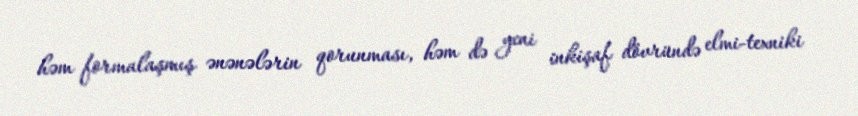
həm formalaşmış ənənələrin qorunması, həm də yeni inkişaf dövründə elmi-texniki